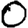
Digit: 0